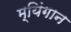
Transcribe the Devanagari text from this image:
म्यिंगान